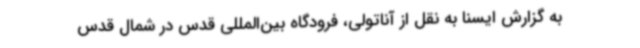
به گزارش ایسنا به نقل از آناتولی، فرودگاه بین‌المللی قدس در شمال قدس